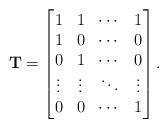
LaTeX: \begin{align*} \mathbf{T}=\begin{bmatrix} 1 &1 &\cdots &1\\ 1 &0 &\cdots &0\\ 0 &1 &\cdots &0\\ \vdots &\vdots &\ddots &\vdots\\ 0 &0 &\cdots &1 \end{bmatrix}.\end{align*}